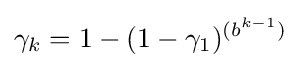
\gamma _{k}=1-(1-\gamma _{1})^{(b^{k-1})}